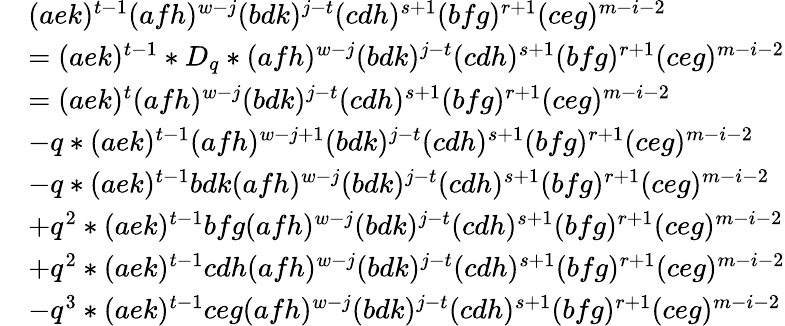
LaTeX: \begin{array}{rl}&{(aek)^{t-1}(afh)^{w-j}(bdk)^{j-t}(cdh)^{s+1}(bfg)^{r+1}(ceg)^{m-i-2}}\\ &{=(aek)^{t-1}*D_{q}*(afh)^{w-j}(bdk)^{j-t}(cdh)^{s+1}(bfg)^{r+1}(ceg)^{m-i-2}}\\ &{=(aek)^{t}(afh)^{w-j}(bdk)^{j-t}(cdh)^{s+1}(bfg)^{r+1}(ceg)^{m-i-2}}\\ &{-q*(aek)^{t-1}(afh)^{w-j+1}(bdk)^{j-t}(cdh)^{s+1}(bfg)^{r+1}(ceg)^{m-i-2}}\\ &{-q*(aek)^{t-1}bdk(afh)^{w-j}(bdk)^{j-t}(cdh)^{s+1}(bfg)^{r+1}(ceg)^{m-i-2}}\\ &{+q^{2}*(aek)^{t-1}bfg(afh)^{w-j}(bdk)^{j-t}(cdh)^{s+1}(bfg)^{r+1}(ceg)^{m-i-2}}\\ &{+q^{2}*(aek)^{t-1}cdh(afh)^{w-j}(bdk)^{j-t}(cdh)^{s+1}(bfg)^{r+1}(ceg)^{m-i-2}}\\ &{-q^{3}*(aek)^{t-1}ceg(afh)^{w-j}(bdk)^{j-t}(cdh)^{s+1}(bfg)^{r+1}(ceg)^{m-i-2}}\end{array}